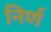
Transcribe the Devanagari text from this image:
निर्ण